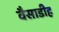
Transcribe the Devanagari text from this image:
वैसाडीह